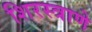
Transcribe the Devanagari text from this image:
शिरस्त्राणे